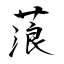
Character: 蒗